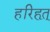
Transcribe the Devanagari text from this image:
हरिहृत्